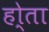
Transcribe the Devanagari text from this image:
हो्ता